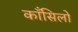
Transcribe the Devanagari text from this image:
काँसिलो